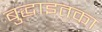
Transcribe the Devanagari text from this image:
बुद्धाइतका